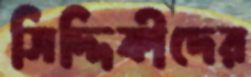
সিদ্দিকীদের